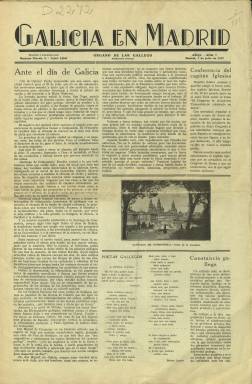
Título: Galicia en Madrid (Madrid. 1932)
Colección: Revistas de información general
Ámbito geográfico: Madrid
Lugar de publicación: Madrid
Fechas: 01/07/1932-31/07/1935

Revista mensual que comienza a publicarse en enero de 1932, como órgano oficial del Lar Galicia, la casa regional gallega en Madrid, y que tiene su antecedente en el mismo título, y de carácter literario y también galleguista, que fue publicado entre 1905 y 1906. En esta ocasión lo hace en pleno sistema republicano y autonomista, de cuyo proyecto para Galicia se hace eco al publicar su texto, dando cuenta también del ciclo de conferencias organizado por la patronal de Vigo sobre el mismo asunto. La revista se repartía gratuitamente entre los socios de esta Sociedad Centro Gallego, que agrupaba a la colonia de residentes de esta región en Madrid, y era enviada también a entidades y personalidades relevantes de España y América, así como a los parlamentarios gallegos. Se vendía así mismo tanto en Madrid como en las principales ciudades gallegas.

Su colección en la Biblioteca Nacional de España no está completa, comenzando en su entrega número 7, de julio de ese año 1932, y finalizando en la 41, de julio de 1935, aunque siguió publicándose hasta abril de 1936. Sus primeros números tienen en torno a las ocho páginas, pero a partir de enero de 1933 aumentan hasta la veintena, con una cubierta ilustrada con un dibujo, impresa con varias tintas a color, que incluye también una fotografía con el epígrafe “Estampas gallegas”. Compuesta a varias columnas, es impresa en papel cuché, e inserta un buen número de fotograbados de los edificios monumentales más emblemáticos (Catedral de Santiago) o de vistas de paisajes y ciudades gallegas. También inserta publicidad comercial.

La propia revista dirá de sí misma que “se propone la exaltación de los valores raciales, la difusión de las imponderables bellezas de nuestra amada tierra, la compenetración y el mutuo apoyo de los gallegos residentes en la capital de España”. Publica semblanzas de escritores gallegos residentes en Madrid, de artistas y otras personalidades de la región, dando cuenta también de los nombramientos políticos en Galicia, de la asociación iniciadora y protectora de la Academia Gallega, y de las propias actividades de Lar Galicia en Madrid, de su vida social y de la organización de excursiones de sus socios y socias a tierras gallegas.

Dedica especial atención a la celebración cada 25 de julio de la festividad de Santiago Apóstol y Día de Galicia, que en Madrid es celebrado con banquetes, discursos o la actuación de los Coros Rosalía de Castro, que entonaban el Himno Gallego, pero también de otras actividades lúdicas, como la elección de Miss Galicia. Publica así mismo artículos sobre el patrimonio artístico o el idioma gallego; o textos de creación literaria, entre los que se encuentran los poéticos. También publica noticias y crónicas varias, como el homenaje a Manuel Portela Valladares (número 33) y bibliografía, así como retratos fotográficos de personajes o de las actividades de la casa regional. Algunos textos son escritos en gallego.

Hasta 1931 había sido presidente de Lar Galicia, el notable sociólogo y escritor Victoriano García Martí (1881-1966), a quién le sucede el tipógrafo, periodista y escritor José Díaz Audión (1892-1948), miembro que fue del Partido Republicano Radical Socialista y primer director de la revista. Éste pasará a ser redactor-jefe cuando la revista sea dirigida por el empresario Juan Manuel Poyán, que fue presidente emérito del Lar. Redactores-jefe fueron José Villardefrancos Calé y más tarde José Vidal Lois, que también se encargaría de la parte literaria. Gerardo Bugallo Barreiro, fue administrador-gerente; Eugenio Souto Campos y Manuel Castro Gil, encargados, sucesivamente, de la parte artística; Jesús González Basanta, lo fue de la sección de turismo; el citado Vidal Lois y Enrique Peinador Porrúa, secretarios, y Rodrigo Pena Ferro, actuó como encargado de la publicidad.

Publican poemas Aurelio Ribalta, Valentín Lamas Carvajal, Avelino Rodríguez Elías, Ramón Cabanillas o Juan López Medina. Las secciones Sabiduría popular y Adiviñanzas son firmadas por el poeta y periodista Antonio Noriega Varela (1869-1947). La revista también publica el Vocabulario castellano-gallego, del filólogo Vicente Llópiz Méndez (1896-1965). Además de los ya citados, otros redactores y colaboradores de la revista fueron la escritora Marisa Villardefrancos (1915-1975), Juan Rof Codina, José Fernández Garrido, Manuel Fraiz Grijalba, Manuel Fontán Medina, M. Pereira Muiñio, Eugenio Bañobre Abelenda, Luis Crende Castañeda (Suevia), M. García Sánchez, Félix Estrada Catoyra, Carlos de Burgos Seguí, Benito Losada, M. Fernández Quiroga, Eduardo Pondal, Juan Manuel Obeso, Francisco Villaespesa o Wenceslao Fernández Florez. Referencias para este título, la monografía sobre la prensa gallega de Santos Gayoso.